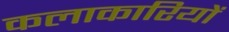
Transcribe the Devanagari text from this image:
कलाकारियों